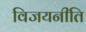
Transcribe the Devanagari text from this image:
विजयनीति